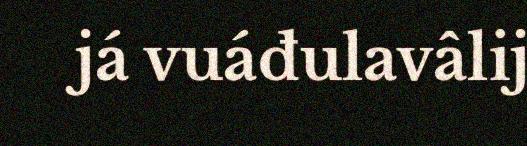
já vuáđulavâlij